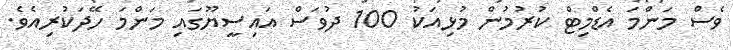
ވެސް މަންމަ އެޑްމިޓް ކުރުމުން މުޅިއަކު 100 ދުވަސް އައިސީޔޫގައި މަންމަ ހޭދަކުރިއެވެ.